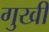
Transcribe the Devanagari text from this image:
गुखी